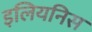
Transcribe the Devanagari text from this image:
इलियनिस